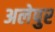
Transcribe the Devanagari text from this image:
अलेपुर